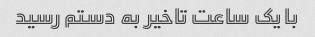
با یک ساعت تاخیر به دستم رسید